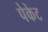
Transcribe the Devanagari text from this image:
पेकेट